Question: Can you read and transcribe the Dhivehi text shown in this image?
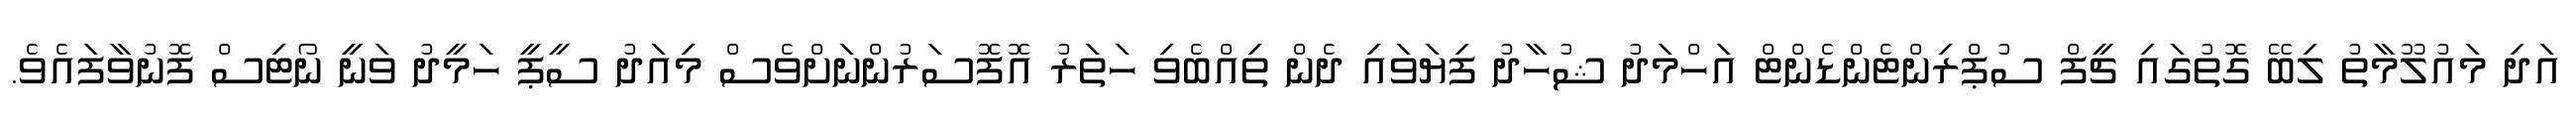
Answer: އަދި މައުލޫމާތު ލިބޭ ގޮތުގައި ޗީފް ސުޕްރިންޓެންޑެންޓް އަހްމަދު ޝުހާދު ފިޔަވައި ދެން ތިއްބެވި ހަތަރު އޮފޮސަރުންނަށްވެސް މިއަދު ސީޕީ ހަމީދު ވަނީ ނޯޓިސް ފޮނުވާފައެވެ.